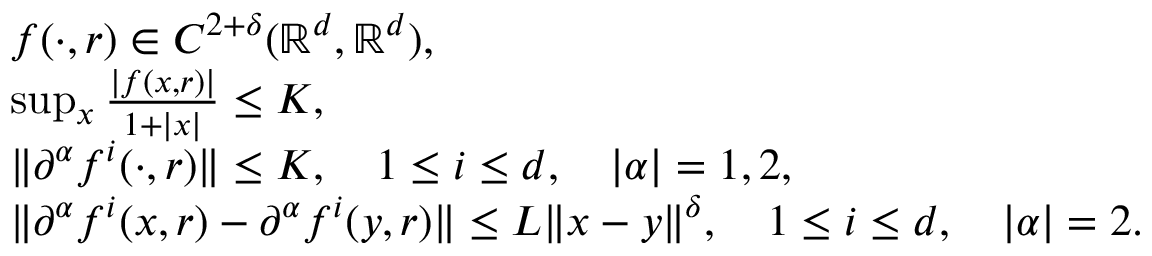
\begin{array} { r l } & { f ( \cdot , r ) \in C ^ { 2 + \delta } ( \mathbb { R } ^ { d } , \mathbb { R } ^ { d } ) , } \\ & { \operatorname* { s u p } _ { x } \frac { | f ( x , r ) | } { 1 + | x | } \leq K , } \\ & { \| \partial ^ { \alpha } f ^ { i } ( \cdot , r ) \| \leq K , \quad 1 \leq i \leq d , \quad | \alpha | = 1 , 2 , } \\ & { \| \partial ^ { \alpha } f ^ { i } ( x , r ) - \partial ^ { \alpha } f ^ { i } ( y , r ) \| \leq L \| x - y \| ^ { \delta } , \quad 1 \leq i \leq d , \quad | \alpha | = 2 . } \end{array}